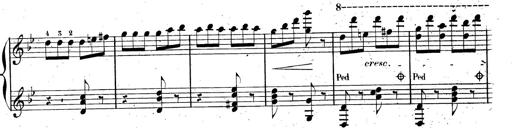
Title: AnnÃ©es de pÃ¨lerinage II, SupplÃ©ment
Composer: Franz Liszt